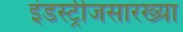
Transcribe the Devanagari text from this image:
इंडस्ट्रीजसारख्या